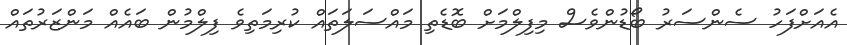
އެއަށްފަހު ސެންސަރު ބޯޑުންވެސް މިފިލްމަށް ބޮޑެތި މައްސަލަތައް ކުރިމަތިވެ ފިލްމުން ބައެއް މަންޒަރުތައް